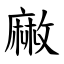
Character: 䵇